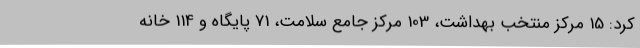
کرد: 15 مرکز منتخب بهداشت، 103 مرکز جامع سلامت، 71 پایگاه و 114 خانه